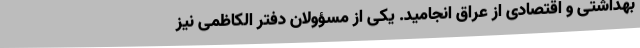
بهداشتی و اقتصادی از عراق انجامید. یکی از مسؤولان دفتر الکاظمی نیز